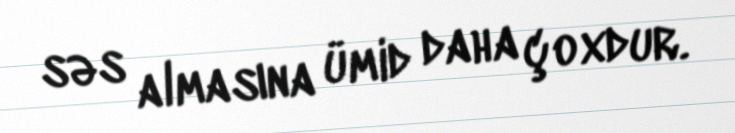
səs almasına ümid daha çoxdur.